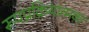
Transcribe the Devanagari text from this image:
रूपप्रक्रियात्मक